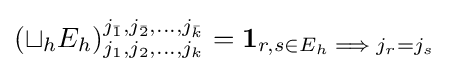
\left(\sqcup _{h}E_{h}\right)_{j_{1},j_{2},\dots ,j_{k}}^{j_{\bar {1}},j_{\bar {2}},\dots ,j_{\bar {k}}}=\mathbf {1} _{r,s\in E_{h}\implies j_{r}=j_{s}}\